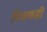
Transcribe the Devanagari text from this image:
टिळकही